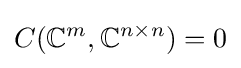
C(\mathbb {C} ^{m},\mathbb {C} ^{n\times n})=0